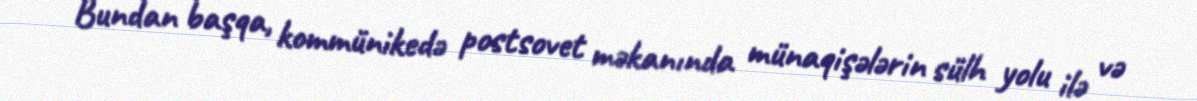
Bundan başqa, kommünikedə postsovet məkanında münaqişələrin sülh yolu ilə və